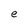
Character: e